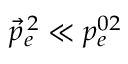
\vec { p } _ { e } ^ { \, 2 } \ll p _ { e } ^ { 0 2 }